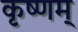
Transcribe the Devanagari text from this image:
कृष्णम्